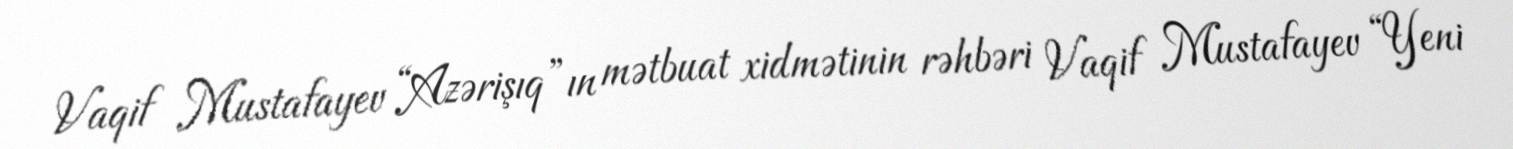
Vaqif Mustafayev “Azərişıq”ın mətbuat xidmətinin rəhbəri Vaqif Mustafayev “Yeni